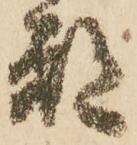
都